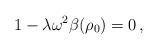
LaTeX: \begin{align*}1-\lambda \omega^2 \beta(\rho_0) = 0\,,\end{align*}